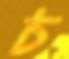
চ